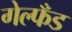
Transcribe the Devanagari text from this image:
गेल्फँड